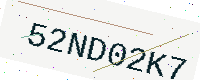
Text: 52ND02K7